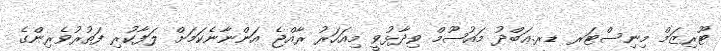
ޓޫރިޒަމް މިނިސްޓަރ ޑރ.ޢަބްދު މައުޞޫމް ވިދާޅުވީ މިއަހަރު ރާއްޖެ އަންނާނެކަމަށް ލަފާކުރި ފަތުރުވެރިންގެ